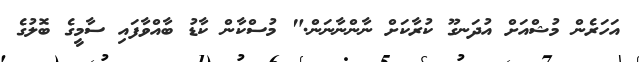
އަހަރެން މުޝްއަށް އުދަނގޫ ކުރާކަށް ނާންނާނަން." މުސްކާން ކާޑު ބާއްވާފައި ސާމީގެ ބޮލުގެ